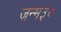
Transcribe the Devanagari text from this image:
जन्म३०